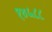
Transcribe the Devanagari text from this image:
१४५८८